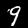
Label: 9